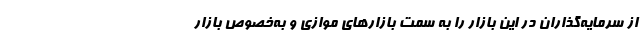
از سرمایه‌گذاران در این بازار را به سمت بازارهای موازی و به‌خصوص بازار